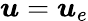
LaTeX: \boldsymbol{u}=\boldsymbol{u}_{e}